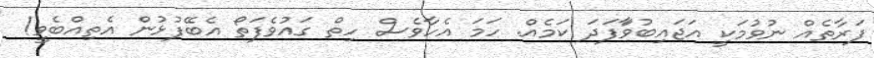
ފަރާތެއް ނުވުމަކީ އަޖައިބުވަާފަދަ ކަމެއް. ހަމަ އެހާވެސް ހިތް ގައުވެފަތޯ އެބޭފުޅުން އެތިއްބެވީ!